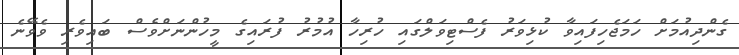
ގެންދިއުމަށް ހަމަޖެހިފައިވާ ކުޅިވަރު ފެސްޓިވަލްގައި ހުރިހާ އުމުރު ފުރައިގެ މީހުންނަށްވެސް ބައިވެރި ވެވޭނެ